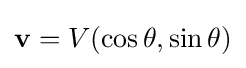
\mathbf {v} =V(\cos \theta ,\sin \theta )